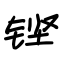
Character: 铿